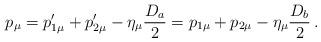
LaTeX: \begin{align*}p_\mu = p'_{1\mu}+p'_{2\mu}-\eta_\mu \frac{D_a}{2} = p _{1\mu}+p _{2\mu}-\eta_\mu \frac{D_b}{2}\,.\end{align*}